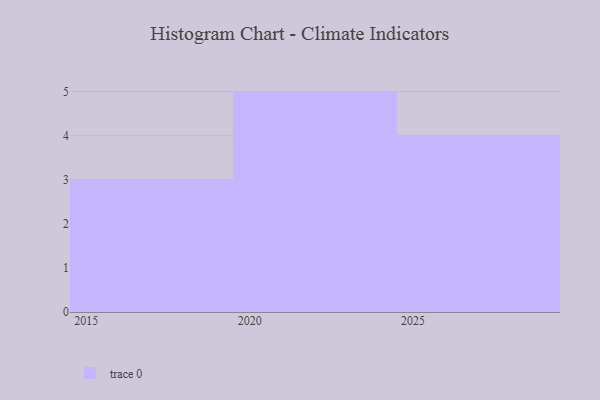
{"axis": {"x": "Year", "y": "Page Views"}, "legend": [""], "data": [{"x": "2020", "y": 92, "type": ""}, {"x": "2021", "y": 75, "type": ""}, {"x": "2019", "y": 70, "type": ""}, {"x": "2025", "y": 68, "type": ""}, {"x": "2015", "y": 87, "type": ""}, {"x": "2026", "y": 1, "type": ""}, {"x": "2029", "y": 60, "type": ""}, {"x": "2028", "y": 65, "type": ""}, {"x": "2024", "y": 90, "type": ""}, {"x": "2017", "y": 7, "type": ""}, {"x": "2022", "y": 69, "type": ""}, {"x": "2023", "y": 37, "type": ""}]}